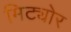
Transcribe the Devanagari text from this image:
मिट्योर